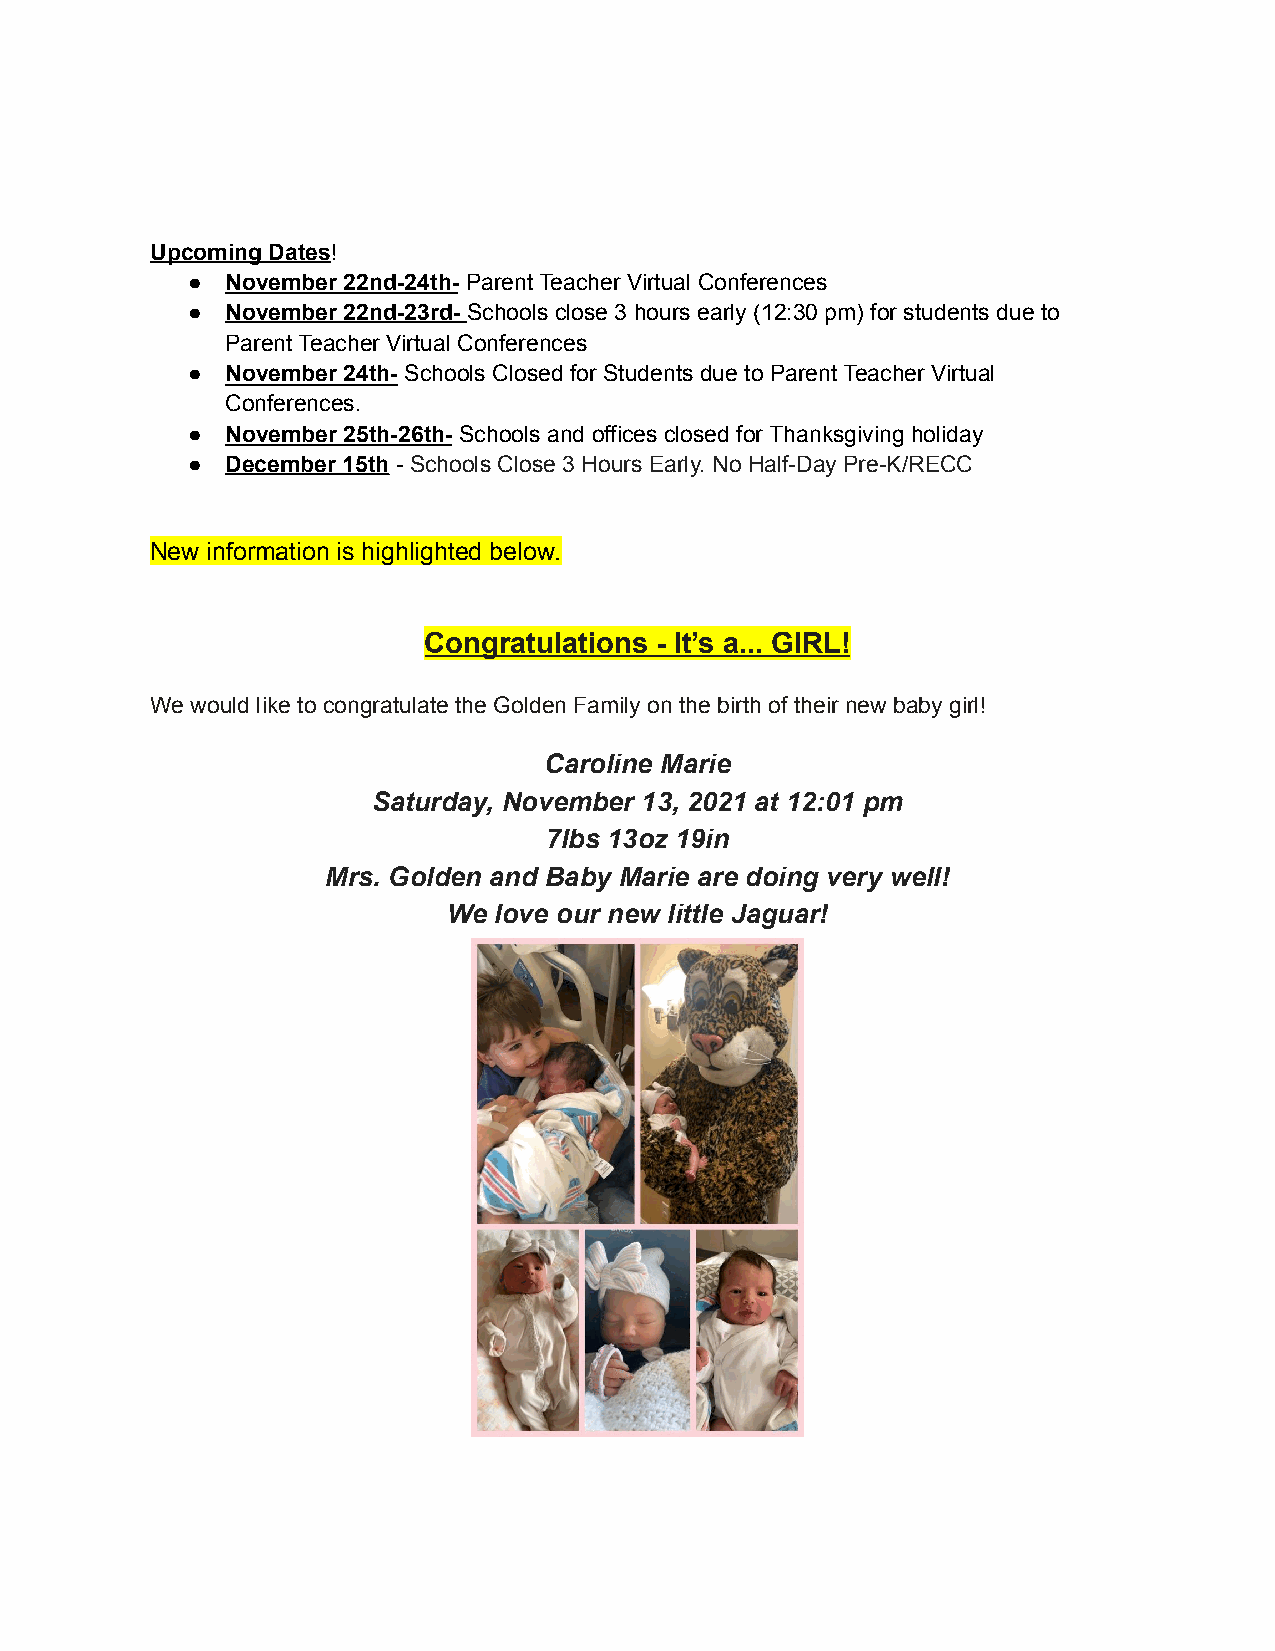
Upcoming Dates!
 ●  November 22nd-24th- Parent Teacher Virtual Conferences
 ●  November 22nd-23rd- Schools close 3 hours early (12:30 pm) for students due to
 Parent Teacher Virtual Conferences
 ●  November 24th- Schools Closed for Students due to Parent Teacher Virtual
 Conferences.
 ●  November 25th-26th- Schools and offices closed for Thanksgiving holiday
 ●  December 15th - Schools Close 3 Hours Early. No Half-Day Pre-K/RECC
 New information is highlighted below.
 Congratulations - It’s a... GIRL!
 We would like to congratulate the Golden Family on the birth of their new baby girl!
 Caroline Marie
 Saturday, November 13, 2021 at 12:01 pm
 7lbs 13oz 19in
 Mrs. Golden and Baby Marie are doing very well!
 We love our new little Jaguar!